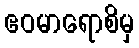
ဧဝမာရောစိမှ